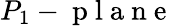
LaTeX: P_{1}-\mathrm{~p~l~a~n~e~}